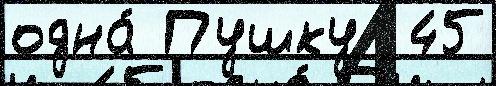
одна́ Пушку  45